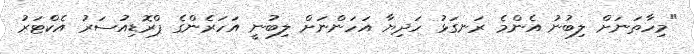
"މިހާތަނަށް ލިބުނު އެންމެ ރަނގަޅު ހަދިޔާ އަހަންނަށް ލިބުނީ އަހަރެންގެ ޕްރޮޑިއުސަރު އެކްޓަރު